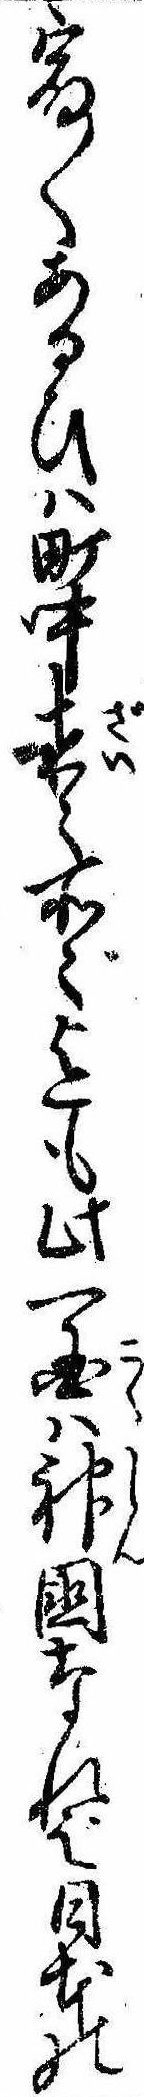
宿〱あるひは町中在ゝ所ゝ迄も此一国は神国なれば日本の